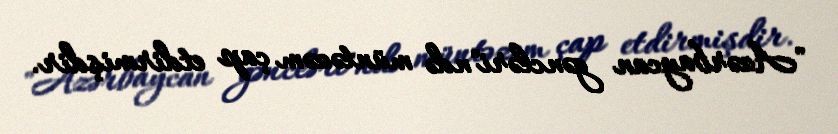
"Azərbaycan gəncləri"ndə müntəzəm çap etdirmişdir.